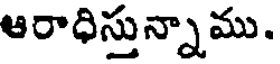
ఆరాధిస్తున్నాము.